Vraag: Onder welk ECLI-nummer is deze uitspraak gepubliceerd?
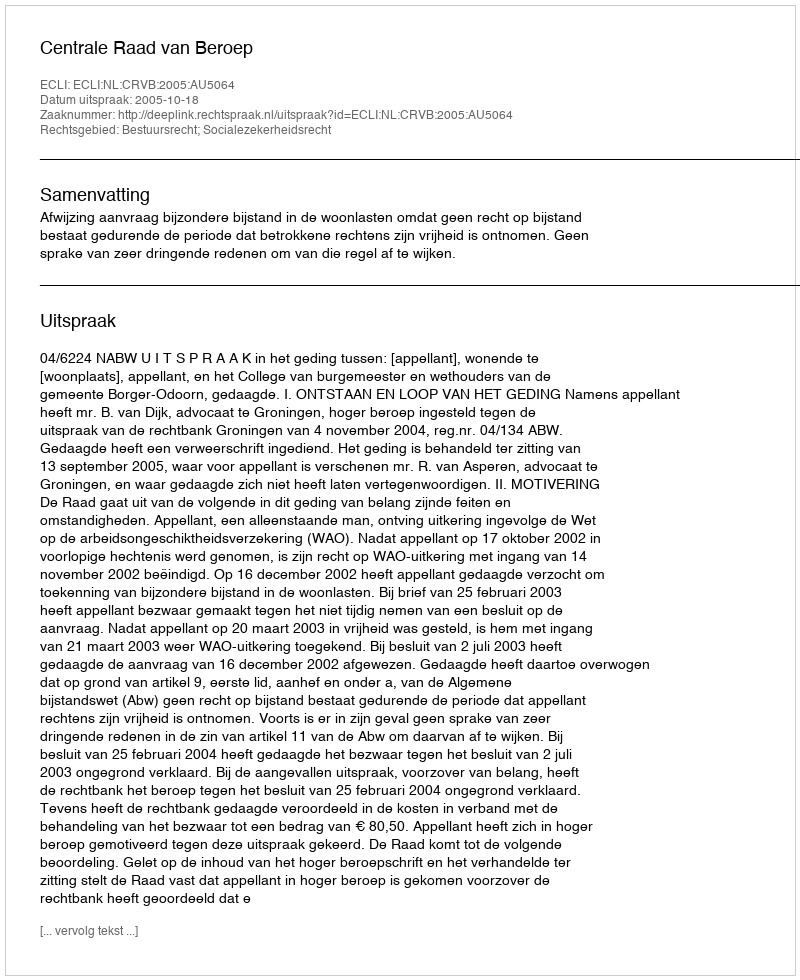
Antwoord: ECLI:NL:CRVB:2005:AU5064